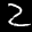
Label: 2